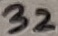
Text: 32